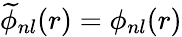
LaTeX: \widetilde{\phi}_{nl}(r)=\phi_{nl}(r)